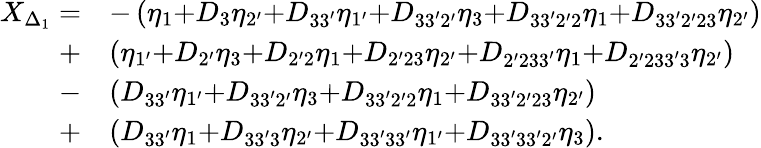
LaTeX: \begin{array}{rl}{X_{\Delta_{1}}=}&{-\left({{\eta_{\mathrm{{1}}}}{\mathrm{+}}{D_{3}}{\eta_{\mathrm{{2^{\prime}}}}}{\mathrm{+}}{D_{33^{\prime}}}{\eta_{\mathrm{{1^{\prime}}}}}{\mathrm{+}}{D_{33^{\prime}2^{\prime}}}{\eta_{\mathrm{{3}}}}{\mathrm{+}}{D_{33^{\prime}2^{\prime}2}}{\eta_{\mathrm{{1}}}}{\mathrm{+}}{D_{33^{\prime}2^{\prime}23}}{\eta_{\mathrm{{2^{\prime}}}}}}\right)}\\ {+}&{\left({{\eta_{{\mathrm{1^{\prime}}}}}\mathrm{{+}}{D_{2^{\prime}}}{\eta_{\mathrm{3}}}\mathrm{{+}}{D_{2^{\prime}2}}{\eta_{\mathrm{1}}}\mathrm{{+}}{D_{2^{\prime}23}}{\eta_{{\mathrm{2^{\prime}}}}}\mathrm{{+}}{D_{2^{\prime}233^{\prime}}}{\eta_{\mathrm{1}}}\mathrm{{+}}{D_{2^{\prime}233^{\prime}3}}{\eta_{{\mathrm{2^{\prime}}}}}}\right)}\\ {-}&{\left({{D_{33^{\prime}}}{\eta_{\mathrm{{1^{\prime}}}}}{\mathrm{+}}{D_{33^{\prime}2^{\prime}}}{\eta_{\mathrm{{3}}}}{\mathrm{+}}{D_{33^{\prime}2^{\prime}2}}{\eta_{\mathrm{{1}}}}{\mathrm{+}}{D_{33^{\prime}2^{\prime}23}}{\eta_{\mathrm{{2^{\prime}}}}}}\right)}\\ {+}&{\left({{D_{33^{\prime}}}{\eta_{\mathrm{1}}}\mathrm{{+}}{D_{33^{\prime}3}}{\eta_{{\mathrm{2^{\prime}}}}}\mathrm{{+}}{D_{33^{\prime}33^{\prime}}}{\eta_{{\mathrm{1^{\prime}}}}}\mathrm{{+}}{D_{33^{\prime}33^{\prime}2^{\prime}}}{\eta_{\mathrm{3}}}}\right).}\end{array}